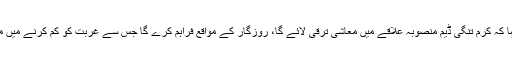
اُنھوں نے کہا کہ کرم تنگی ڈیم منصوبہ علاقے میں معاشی ترقی لائے گا، روزگار کے مواقع فراہم کرے گا جس سے غربت کو کم کرنے میں مدد ملے گی۔